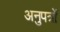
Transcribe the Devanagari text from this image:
अनुपत्रों